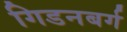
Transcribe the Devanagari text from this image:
गिडनबर्ग